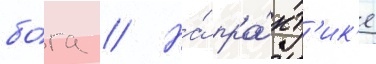
бо́га // На́ пра́кт'ик'е